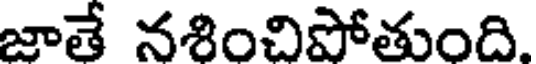
జాతే నశించిపోతుంది.